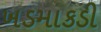
ખડમાકડી